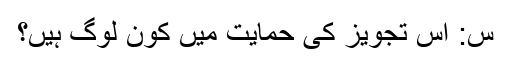
س: اس تجویز کی حمایت میں کون لوگ ہیں؟